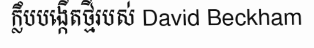
ក្លឹបបង្កើតថ្មីរបស់ David Beckham